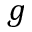
g